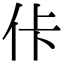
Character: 佧